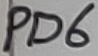
Text: PD6